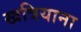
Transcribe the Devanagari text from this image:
खत्रियाना